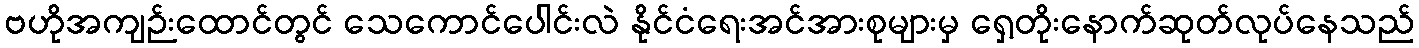
ဗဟိုအကျဉ်းထောင်တွင် သေကောင်ပေါင်းလဲ နိုင်ငံရေးအင်အားစုများမှ ရှေ့တိုးနောက်ဆုတ်လုပ်နေသည်